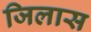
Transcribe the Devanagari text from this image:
जिलास